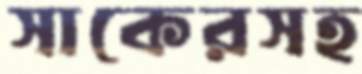
সাকেরসহ